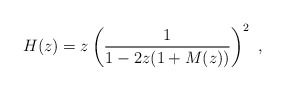
\begin{align*}H(z) = z \left(\frac 1 {1- 2z(1+ M(z)) }\right)^2~,\end{align*}